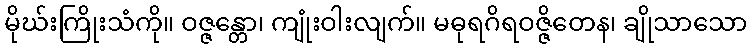
မိုဃ်းကြိုးသံကို။ ဝဇ္ဇန္တော၊ ကျုံးဝါးလျက်။ မဓုရဂိရဝဇ္ဇိတေန၊ ချိုသာသော